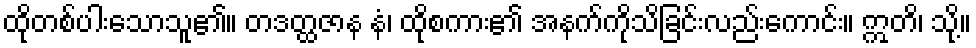
ထိုတစ်ပါးသောသူ၏။ တဒတ္ထဇာန နံ၊ ထိုစကား၏ အနက်ကိုသိခြင်းလည်းကောင်း။ ဣတိ၊ သို့။